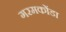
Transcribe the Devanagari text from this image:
गरमकोंडा